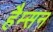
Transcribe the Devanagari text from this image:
हैम्सन